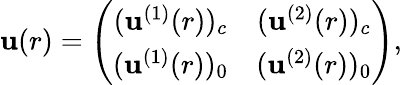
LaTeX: \mathbf{u}(r)=\left(\begin{array}{cc}{{(\mathbf{u}^{(1)}(r))_{c}}}&{{(\mathbf{u}^{(2)}(r))_{c}}}\\ {{(\mathbf{u}^{(1)}(r))_{0}}}&{{(\mathbf{u}^{(2)}(r))_{0}}}\end{array}\right),